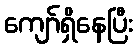
ကျော်ရှိနေပြီး